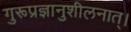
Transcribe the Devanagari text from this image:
गुरूप्रज्ञानुशीलनात्।